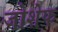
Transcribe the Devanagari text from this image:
जोशेफ